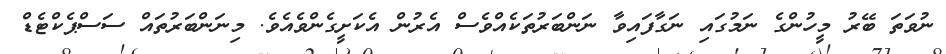
ނުވަތަ ބޭރު މީހުންގެ ނަމުގައި ނަގާފައިވާ ނަންބަރުތަކެއްވެސް އެރުން އެކަށީގެންވެއެވެ. މިނަންބަރުތައް ސަސްޕެކްޓެޑް